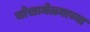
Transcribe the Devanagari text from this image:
चोखामेळ्याच्या